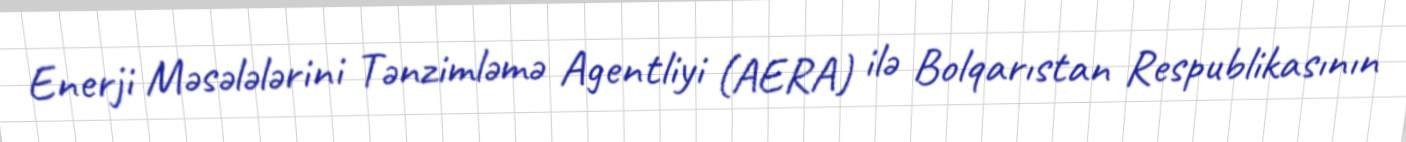
Enerji Məsələlərini Tənzimləmə Agentliyi (AERA) ilə Bolqarıstan Respublikasının